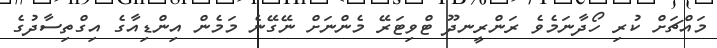
މައްޗަށް ކުރި ހޯދާނަމެވެ ރަންރީނދޫ ޓްވިޓަރޭ މެންނަށް ނޭގޭނެ މަމެން އިންޑިއާގެ އިގްތިސާދުގެ